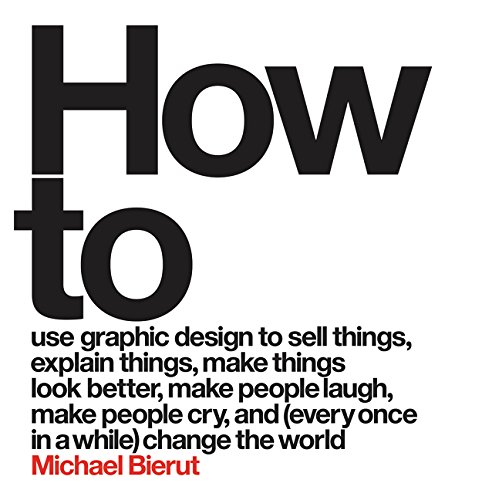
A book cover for How to; Michael Bierut; Arts & Photography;